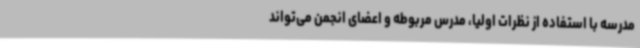
مدرسه با استفاده از نظرات اولیا، مدرس مربوطه و اعضای انجمن می‌تواند